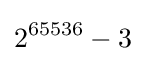
2^{65536}-3